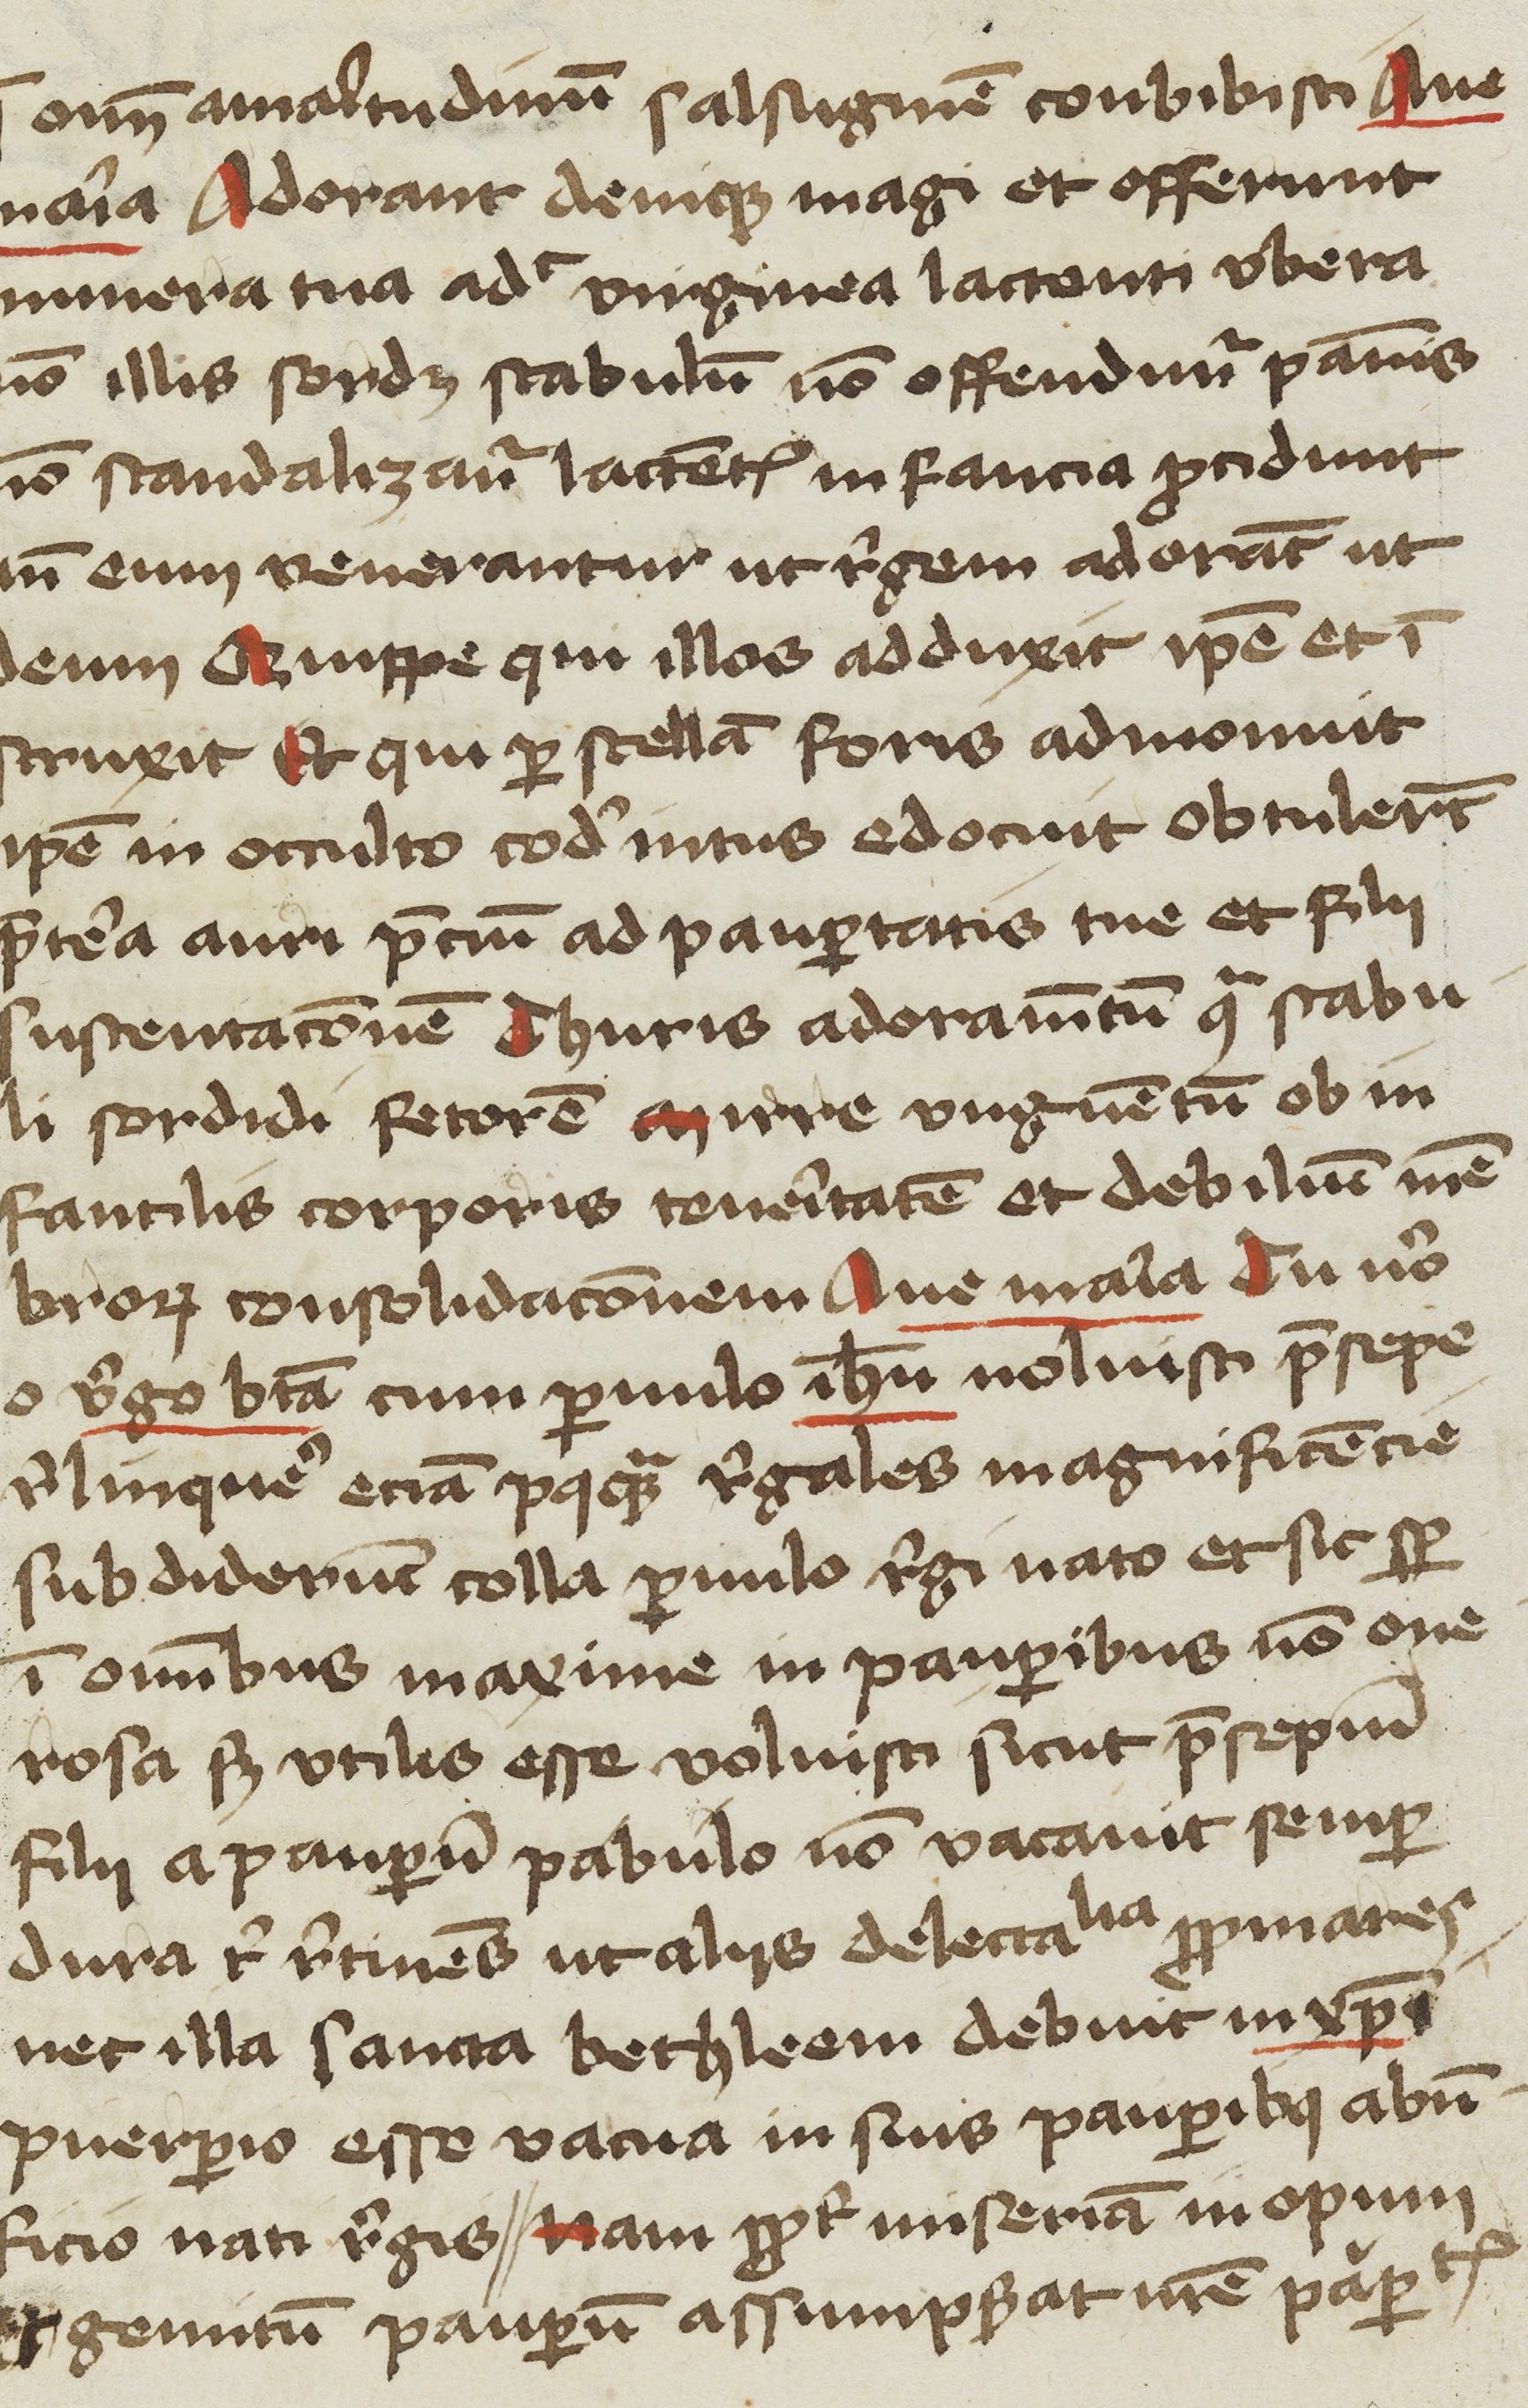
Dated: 1400–1449